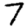
Digit: 7